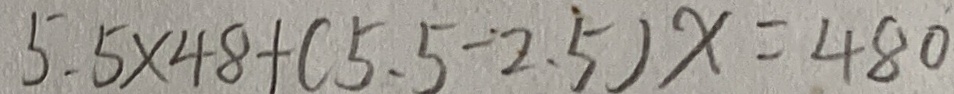
5 . 5 \times 4 8 + ( 5 . 5 - 2 . 5 ) x = 4 8 0